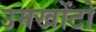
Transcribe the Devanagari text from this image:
उमखोंटो